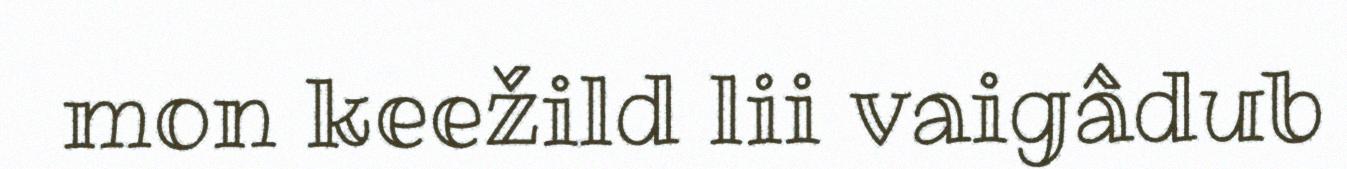
mon keežild lii vaigâdub